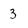
Character: 3